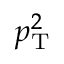
p _ { \mathrm { T } } ^ { 2 }